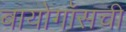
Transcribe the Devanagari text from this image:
बायोगॉसची